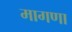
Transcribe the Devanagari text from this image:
मागणा